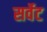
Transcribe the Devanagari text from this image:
सर्वेट